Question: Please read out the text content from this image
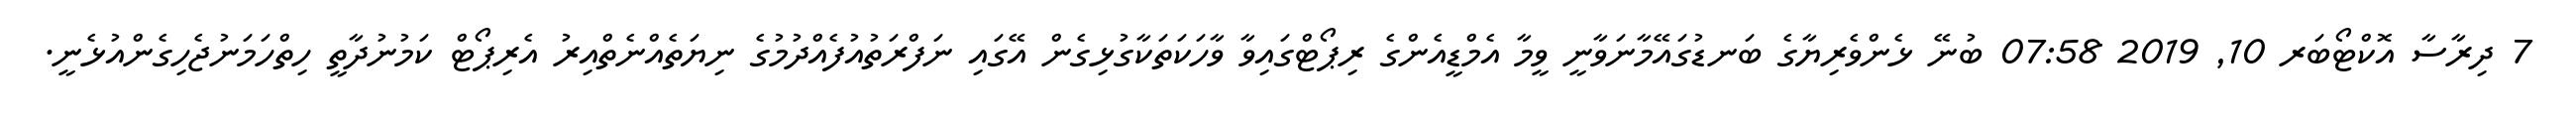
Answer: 7 ދިރާސާ އޮކްޓޯބަރ 10, 2019 07:58 ބުނޭ ޅެންވެރިޔާގެ ބަނޑުގައޭމާނަވާނީ ވީމާ އެމްޑީއެންގެ ރިޕޯޓްގައިވާ ވާހަކަތަކާގުޅިގެން އޭގައި ނަފްރަތުއުފެއްދުމުގެ ނިޔަތެއްނެތްއިރު އެރިޕޯޓް ކަމުނުދާތީ ހިތްހަމަނުޖެހިގެންއުޅެނީ.